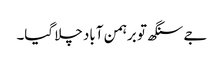
جے سنگھ تو برہمن آباد چلا گیا۔